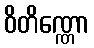
ဝိတိဏ္ဏော